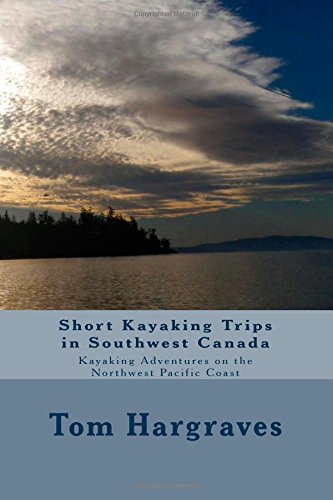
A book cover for Short Kayaking Trips in Southwest Canada: Kayaking Adventures on the Northwest Pacific Coast (Volume 3); Tom Hargraves; Sports & Outdoors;